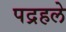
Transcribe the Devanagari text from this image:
पद्रहले